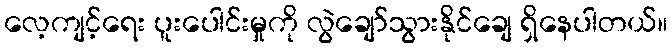
လေ့ကျင့်ရေး ပူးပေါင်းမှုကို လွဲချော်သွားနိုင်ချေ ရှိနေပါတယ်။